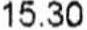
15.30